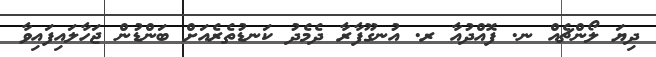
ދިޔަ ލޯންޗެއް ނ. ފޮއްދުއާ ރ. އުނގޫފާރާ ދެމެދު ކަނޑުތެރެއަށް ބަންޑުން ޖަހާލައިފައިވާ